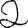
Digit: 2